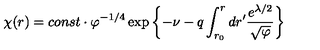
\chi ( r ) = c o n s t \cdot \varphi ^ { - 1 / 4 } \exp \left\{ - \nu - q \int _ { r _ { 0 } } ^ { r } d r ^ { \prime } \frac { e ^ { \lambda / 2 } } { \sqrt { \varphi } } \right\}